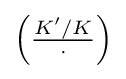
\left({\tfrac {K'/K}{\cdot }}\right)